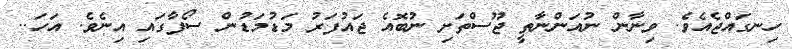
ހިނގައްޖެއެވެ. ވިނާން ނުއަންނާތީ ޖޫސްތަށި ނުބޮއެ ޖައުފަރު މަަޑުމަޑުން ސޯފާގައި އިނެވެ. އަހަ..